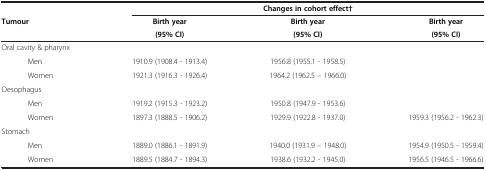
<table><thead><tr><td rowspan="3"><b>Tumour</b></td><td colspan="3"><b>Changes in cohort effect†</b></td></tr><tr><td><b>Birth year</b></td><td><b>Birth year</b></td><td><b>Birth year</b></td></tr><tr><td><b>(95% CI)</b></td><td><b>(95% CI)</b></td><td><b>(95% CI)</b></td></tr></thead><tbody><tr><td>Oral cavity &amp; pharynx</td><td> </td><td> </td><td> </td></tr><tr><td>Men</td><td>1910.9 (1908.4 - 1913.4)</td><td>1956.8 (1955.1 - 1958.5)</td><td> </td></tr><tr><td>Women</td><td>1921.3 (1916.3 - 1926.4)</td><td>1964.2 (1962.5 – 1966.0)</td><td> </td></tr><tr><td>Oesophagus</td><td> </td><td> </td><td> </td></tr><tr><td>Men</td><td>1919.2 (1915.3 - 1923.2)</td><td>1950.8 (1947.9 - 1953.6)</td><td> </td></tr><tr><td>Women</td><td>1897.3 (1888.5 - 1906.2)</td><td>1929.9 (1922.8 - 1937.0)</td><td>1959.3 (1956.2 - 1962.3)</td></tr><tr><td>Stomach</td><td> </td><td> </td><td> </td></tr><tr><td>Men</td><td>1889.0 (1886.1 - 1891.9)</td><td>1940.0 (1931.9 – 1948.0)</td><td>1954.9 (1950.5 - 1959.4)</td></tr><tr><td>Women</td><td>1889.5 (1884.7 - 1894.3)</td><td>1938.6 (1932.2 - 1945.0)</td><td>1956.5 (1946.5 - 1966.6)</td></tr></tbody></table>